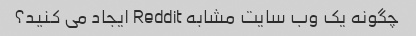
چگونه یک وب سایت مشابه Reddit ایجاد می کنید؟